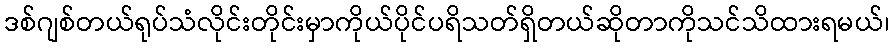
ဒစ်ဂျစ်တယ်ရုပ်သံလိုင်းတိုင်းမှာကိုယ်ပိုင်ပရိသတ်ရှိတယ်ဆိုတာကိုသင်သိထားရမယ်၊